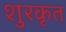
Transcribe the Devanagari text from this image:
शुरकृत